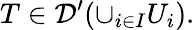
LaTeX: T\in{\mathcal{D}}^{\prime}(\cup_{i\in I}U_{i}).